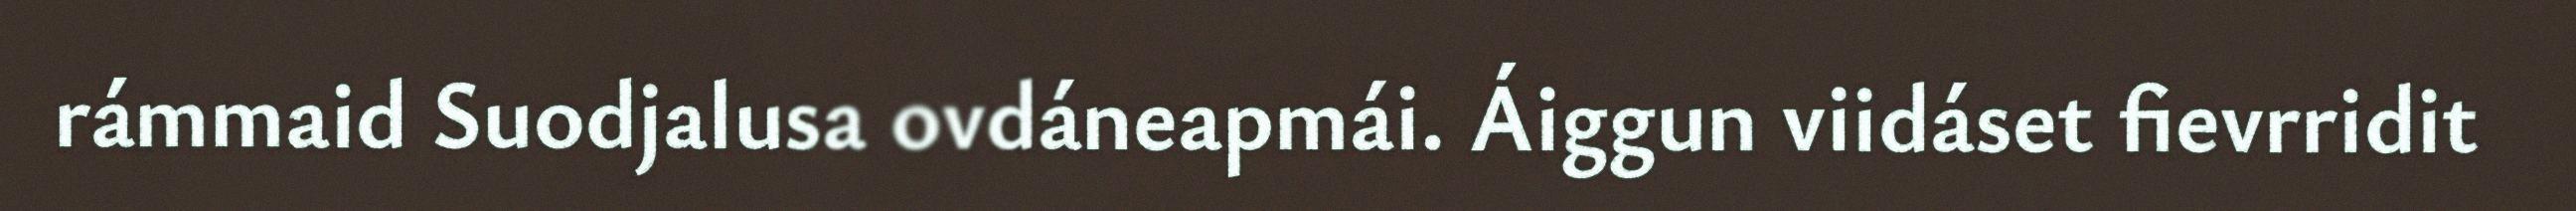
rámmaid Suodjalusa ovdáneapmái. Áiggun viidáset fievrridit